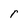
Character: r